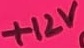
Text: +12V